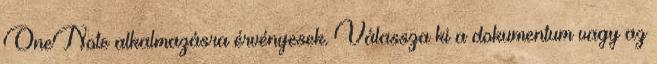
OneNote alkalmazásra érvényesek. Válassza ki a dokumentum vagy az